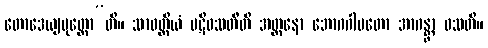
တောဒေယျပုတ္တော”တိ။ သာဝတ္ထိယံ ပဋိဝသတီတိ အတ္တနော ဘောဂဂါမတော အာဂန္တွာ ဝသတိ။